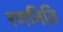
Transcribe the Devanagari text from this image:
रणनिति